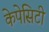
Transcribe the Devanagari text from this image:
केपेसिटी